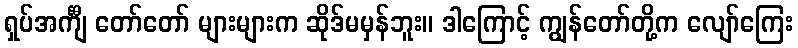
ရှပ်အင်္ကျီ တော်တော် များများက ဆိုဒ်မမှန်ဘူး။ ဒါကြောင့် ကျွန်တော်တို့က လျော်ကြေး